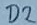
Text: D2